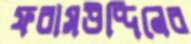
ফরাসউদ্দিনের